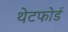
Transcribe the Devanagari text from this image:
थेटफोर्ड